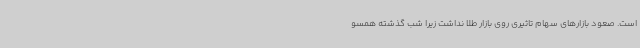
است. صعود بازارهای سهام تاثیری روی بازار طلا نداشت زیرا شب گذشته همسو